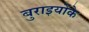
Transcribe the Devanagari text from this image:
बुराइयोंके